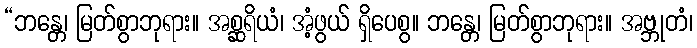
“ဘန္တေ၊ မြတ်စွာဘုရား။ အစ္ဆရိယံ၊ အံ့ဖွယ် ရှိပေစွ။ ဘန္တေ၊ မြတ်စွာဘုရား။ အဗ္ဘုတံ၊